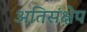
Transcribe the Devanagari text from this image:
अतिसंक्षेप